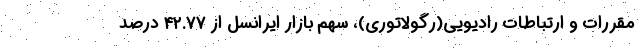
مقررات و ارتباطات رادیویی(رگولاتوری)، سهم بازار ایرانسل از ۴۲.۷۷ درصد